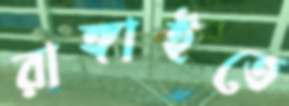
রাঙ্গাইতে